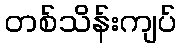
တစ်သိန်းကျပ်